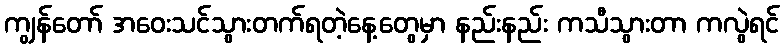
ကျွန်တော် အဝေးသင်သွားတက်ရတဲ့နေ့တွေမှာ နည်းနည်း ကသီသွားတာ ကလွဲရင်